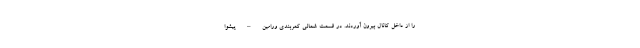
را از داخل کانال بیرون آوردند. در قسمت شمالی کمربندی ورامین – پیشوا